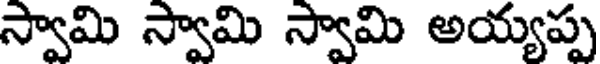
స్వామి స్వామి స్వామి అయ్యప్ప